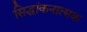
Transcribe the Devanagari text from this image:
सिद्धांकनात्मक